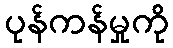
ပုန်ကန်မှုကို